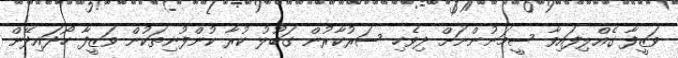
ވަޒީފާ ގެއްލިފައިވާ ސީމަނުންނަށް ދިވެހި ސަރުކާރުން ގަބޫލު ކުރާ ކުންފުނިތަކުން ވަޒީފާ ހޯދައިދޭން